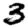
Digit: 3